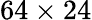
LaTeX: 64\times 24